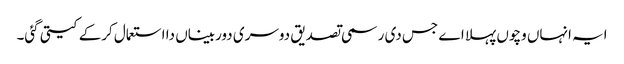
ایہ انہاں وچو‏ں پہلا اے جس دی رسمی تصدیق دوسری دوربیناں دا استعمال کرکے کیتی گئی۔